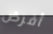
أفرض